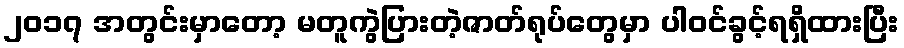
၂၀၁၇ အတွင်းမှာတော့ မတူကွဲပြားတဲ့ဇာတ်ရုပ်တွေမှာ ပါဝင်ခွင့်ရရှိထားပြီး